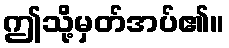
ဤသို့မှတ်အပ်၏။